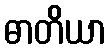
ဓာတိယာ